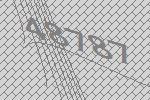
48787